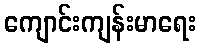
ကျောင်းကျန်းမာရေး